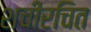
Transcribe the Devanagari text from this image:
शचीरचित